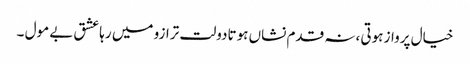
خیال پرواز ہوتی ،نہ قدم نشاں ہوتادولت ترازو میں رہاعشق بے مول ۔